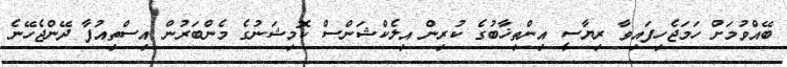
ބޭއްވުމަށް ހަމަޖެހިފައިވާ ރިޔާސީ އިންތިޚާބުގެ ކުރިން އިލެކްޝަންސް ކޮމިޝަނުގެ މެންބަރުން އިސްތިއުފާ ދޭންޖެހޭނެ